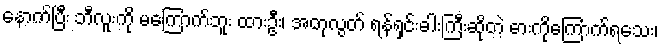
နောက်ပြီး ဘီလူးကို မကြောက်ဘူး ထားဦး၊ အတုလွတ် ရန်ရှင်းဓါးကြီးဆိုတဲ့ ဓားကိုကြောက်ရသေး၊